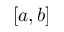
[ a , b ]